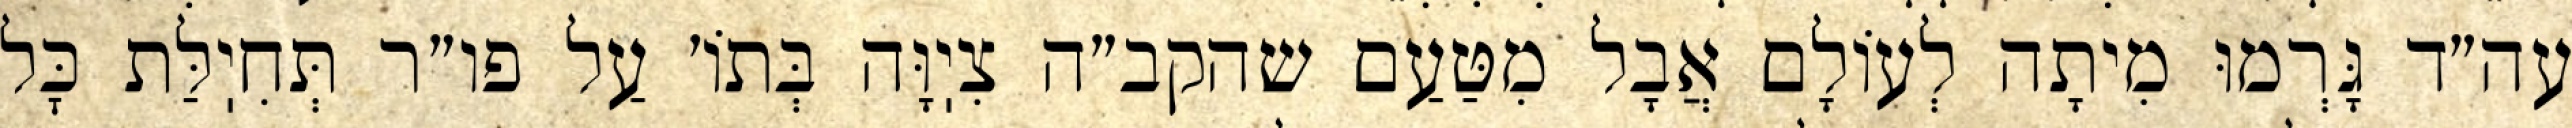
עה״ד גָּרְמוּ מִיתָה לְעוֹלָם אֲבָל מִטַּעַם שהקב״ה צִיֽוָּה בְּתוֹ׳ עַל פו״ר תְּחִיֽלַּת כׇּל